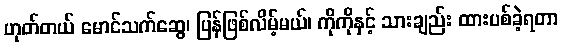
ဟုတ်တယ် မောင်သက်ဆွေ၊ ပြန်ဖြစ်လိမ့်မယ်၊ ကိုကိုနှင့် သားချည်း ထားပစ်ခဲ့ရတာ